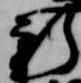
新